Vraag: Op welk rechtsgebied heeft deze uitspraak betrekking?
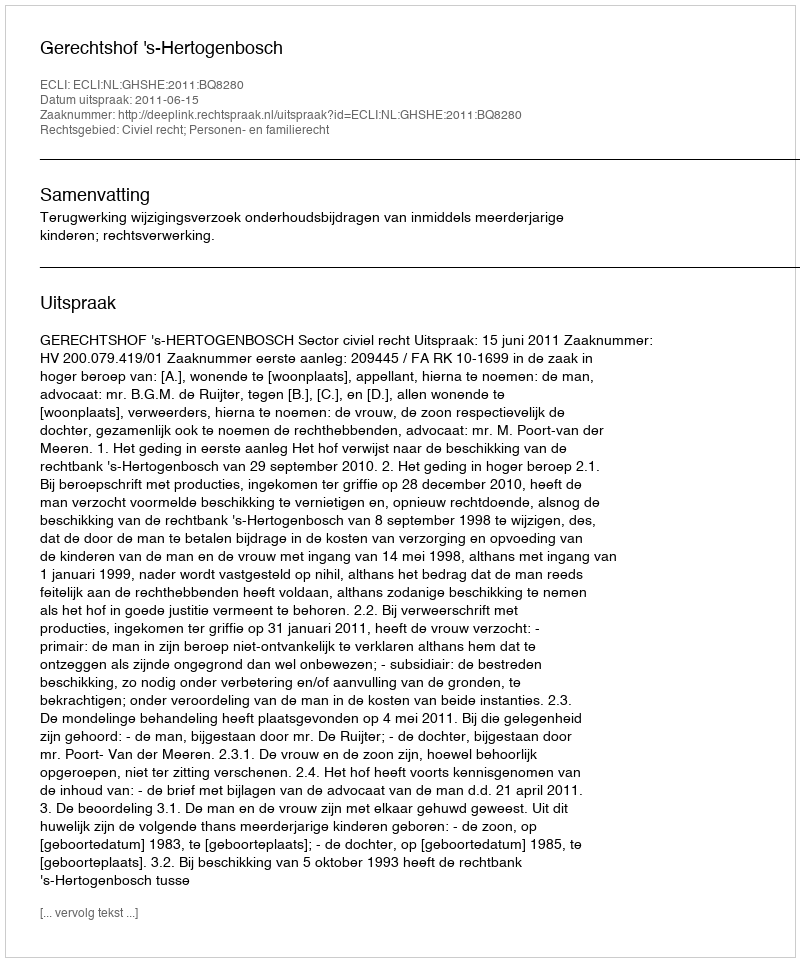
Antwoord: Civiel recht; Personen- en familierecht